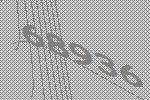
68936